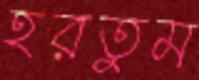
হরতুম